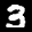
Label: 3